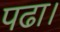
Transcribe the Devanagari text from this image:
पढा।